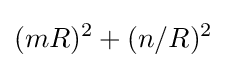
(mR)^{2}+(n/R)^{2}